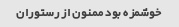
خوشمزه بود ممنون از رستوران